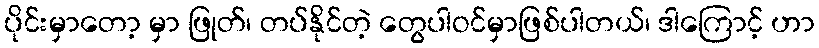
ပိုင်းမှာတော့ မှာ ဖြုတ်၊ တပ်နိုင်တဲ့ တွေပါဝင်မှာဖြစ်ပါတယ်၊ ဒါကြောင့် ဟာ